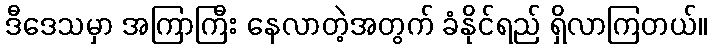
ဒီဒေသမှာ အကြာကြီး နေလာတဲ့အတွက် ခံနိုင်ရည် ရှိလာကြတယ်။